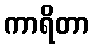
ကာရိတာ